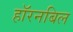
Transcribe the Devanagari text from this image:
हॉरनबिल